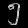
Digit: ၅